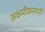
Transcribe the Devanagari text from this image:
सक्षमीकरनाची